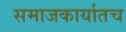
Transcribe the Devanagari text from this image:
समाजकार्यातच